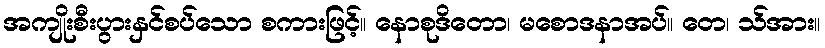
အကျိုးစီးပွားနှင်စပ်သော စကားဖြင့်။ နောစုဒိတော၊ မစောဒနာအပ်။ တေ၊ သ်အား။